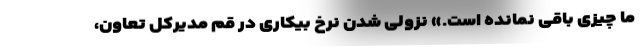
ما چیزی باقی نمانده است.» نزولی شدن نرخ بیکاری در قم مدیرکل تعاون،